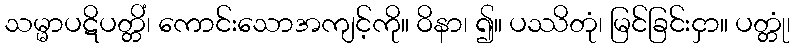
သမ္မာပဋိပတ္တိံ၊ ကောင်းသောအကျင့်ကို။ ဝိနာ၊ ၍။ ပဿိတုံ၊ မြင်ခြင်းငှာ။ ပတ္တုံ၊